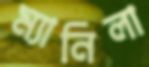
ম্যানিলা